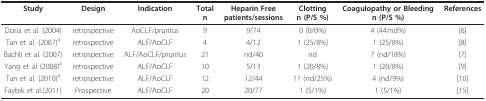
<table><thead><tr><td><b>Study</b></td><td><b>Design</b></td><td><b>Indication</b></td><td><b>Totaln</b></td><td><b>Heparin Freepatients/sessions</b></td><td><b>Clottingn (P/S %)</b></td><td><b>Coagulopathy or Bleedingn (P/S %)</b></td><td><b>References</b></td></tr></thead><tbody><tr><td>Doria et al. (2004)</td><td>retrospective</td><td>AoCLF/pruritus</td><td>9</td><td>9/74</td><td>0 (0/0%)</td><td>4 (44/nd%)</td><td>[6]</td></tr><tr><td>Tan et al. (2007)<sup>a</sup></td><td>retrospective</td><td>ALF/AoCLF</td><td>4</td><td>4/12</td><td>1 (25/8%)</td><td>1 (25/8%)</td><td>[8]</td></tr><tr><td>Bachli et al. (2007)</td><td>retrospective</td><td>ALF/AoCLF/pruritus</td><td>21</td><td>nd/40</td><td>nd</td><td>7 (nd/18%)</td><td>[7]</td></tr><tr><td>Yang et al (2008)<sup>a</sup></td><td>retrospective</td><td>ALF/AoCLF</td><td>10</td><td>5/13</td><td>1 (20/8%)</td><td>1 (20/8%)</td><td>[9]</td></tr><tr><td>Tan et al. (2010)<sup>a</sup></td><td>retrospective</td><td>ALF/AoCLF</td><td>12</td><td>12/44</td><td>11 (nd/25%)</td><td>4 (nd/9%)</td><td>[10]</td></tr><tr><td>Faybik et al.(2011)</td><td>Prospective</td><td>ALF/AoCLF</td><td>20</td><td>20/77</td><td>1 (5/1%)</td><td>1 (5/1%)</td><td>[15]</td></tr></tbody></table>